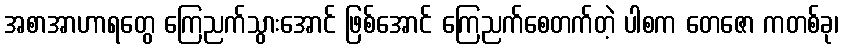
အစာအာဟာရတွေ ကြေညက်သွားအောင် ဖြစ်အောင် ကြေညက်စေတက်တဲ့ ပါစက တေဇော ကတစ်ခု၊